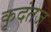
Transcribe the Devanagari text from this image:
कृदंतज